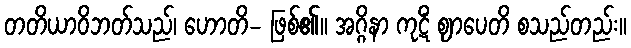
တတိယာဝိဘတ်သည်၊ ဟောတိ- ဖြစ်၏။ အဂ္ဂိနာ ကုဋိံ ဈာပေတိ စသည်တည်း။